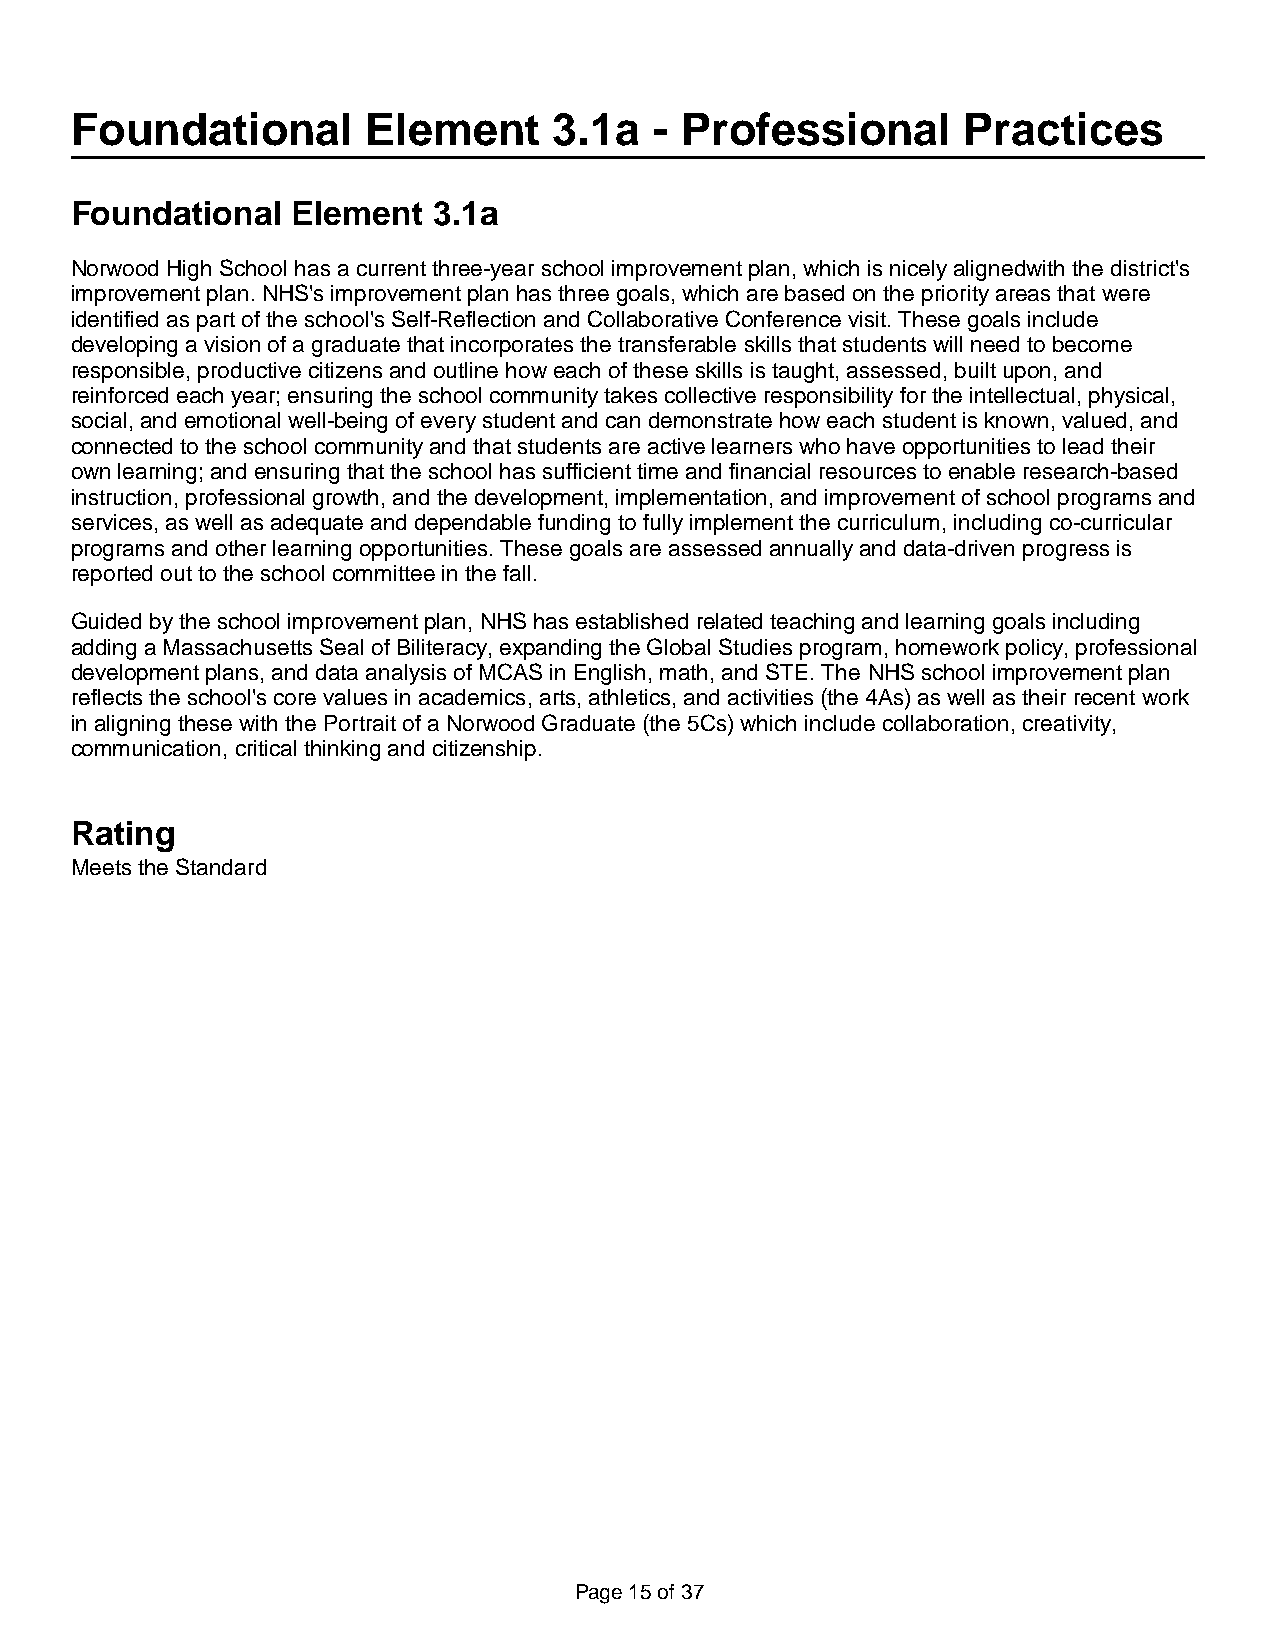
Foundational       Element      3.1a  - Professional       Practices
 Foundational  Element   3.1a
 Norwood High School has a current three-year school improvement plan, which is nicely alignedwith the district's
 improvement plan. NHS's improvement plan has three goals, which are based on the priority areas that were
 identified as part of the school's Self-Reflection and Collaborative Conference visit. These goals include
 developing a vision of a graduate that incorporates the transferable skills that students will need to become
 responsible, productive citizens and outline how each of these skills is taught, assessed, built upon, and
 reinforced each year; ensuring the school community takes collective responsibility for the intellectual, physical,
 social, and emotional well-being of every student and can demonstrate how each student is known, valued, and
 connected to the school community and that students are active learners who have opportunities to lead their
 own learning; and ensuring that the school has sufficient time and financial resources to enable research-based
 instruction, professional growth, and the development, implementation, and improvement of school programs and
 services, as well as adequate and dependable funding to fully implement the curriculum, including co-curricular
 programs and other learning opportunities. These goals are assessed annually and data-driven progress is
 reported out to the school committee in the fall.
 Guided by the school improvement plan, NHS has established related teaching and learning goals including
 adding a Massachusetts Seal of Biliteracy, expanding the Global Studies program, homework policy, professional
 development plans, and data analysis of MCAS in English, math, and STE. The NHS school improvement plan
 reflects the school's core values in academics, arts, athletics, and activities (the 4As) as well as their recent work
 in aligning these with the Portrait of a Norwood Graduate (the 5Cs) which include collaboration, creativity,
 communication, critical thinking and citizenship.
 Rating
 Meets the Standard
 Page 15 of 37